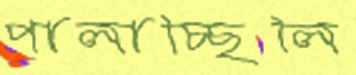
পালাচ্ছিলি